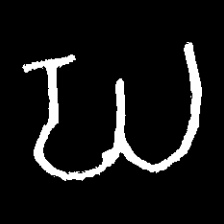
Pyu character \u2014 Myanmar letter: ဃ (romanized: gha)